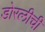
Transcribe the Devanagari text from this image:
डोरलीची